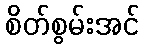
စိတ်စွမ်းအင်